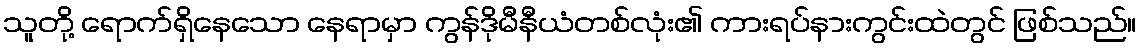
သူတို့ ရောက်ရှိနေသော နေရာမှာ ကွန်ဒိုမီနီယံတစ်လုံး၏ ကားရပ်နားကွင်းထဲတွင် ဖြစ်သည်။